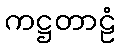
ကဋ္ဌတာဠံ